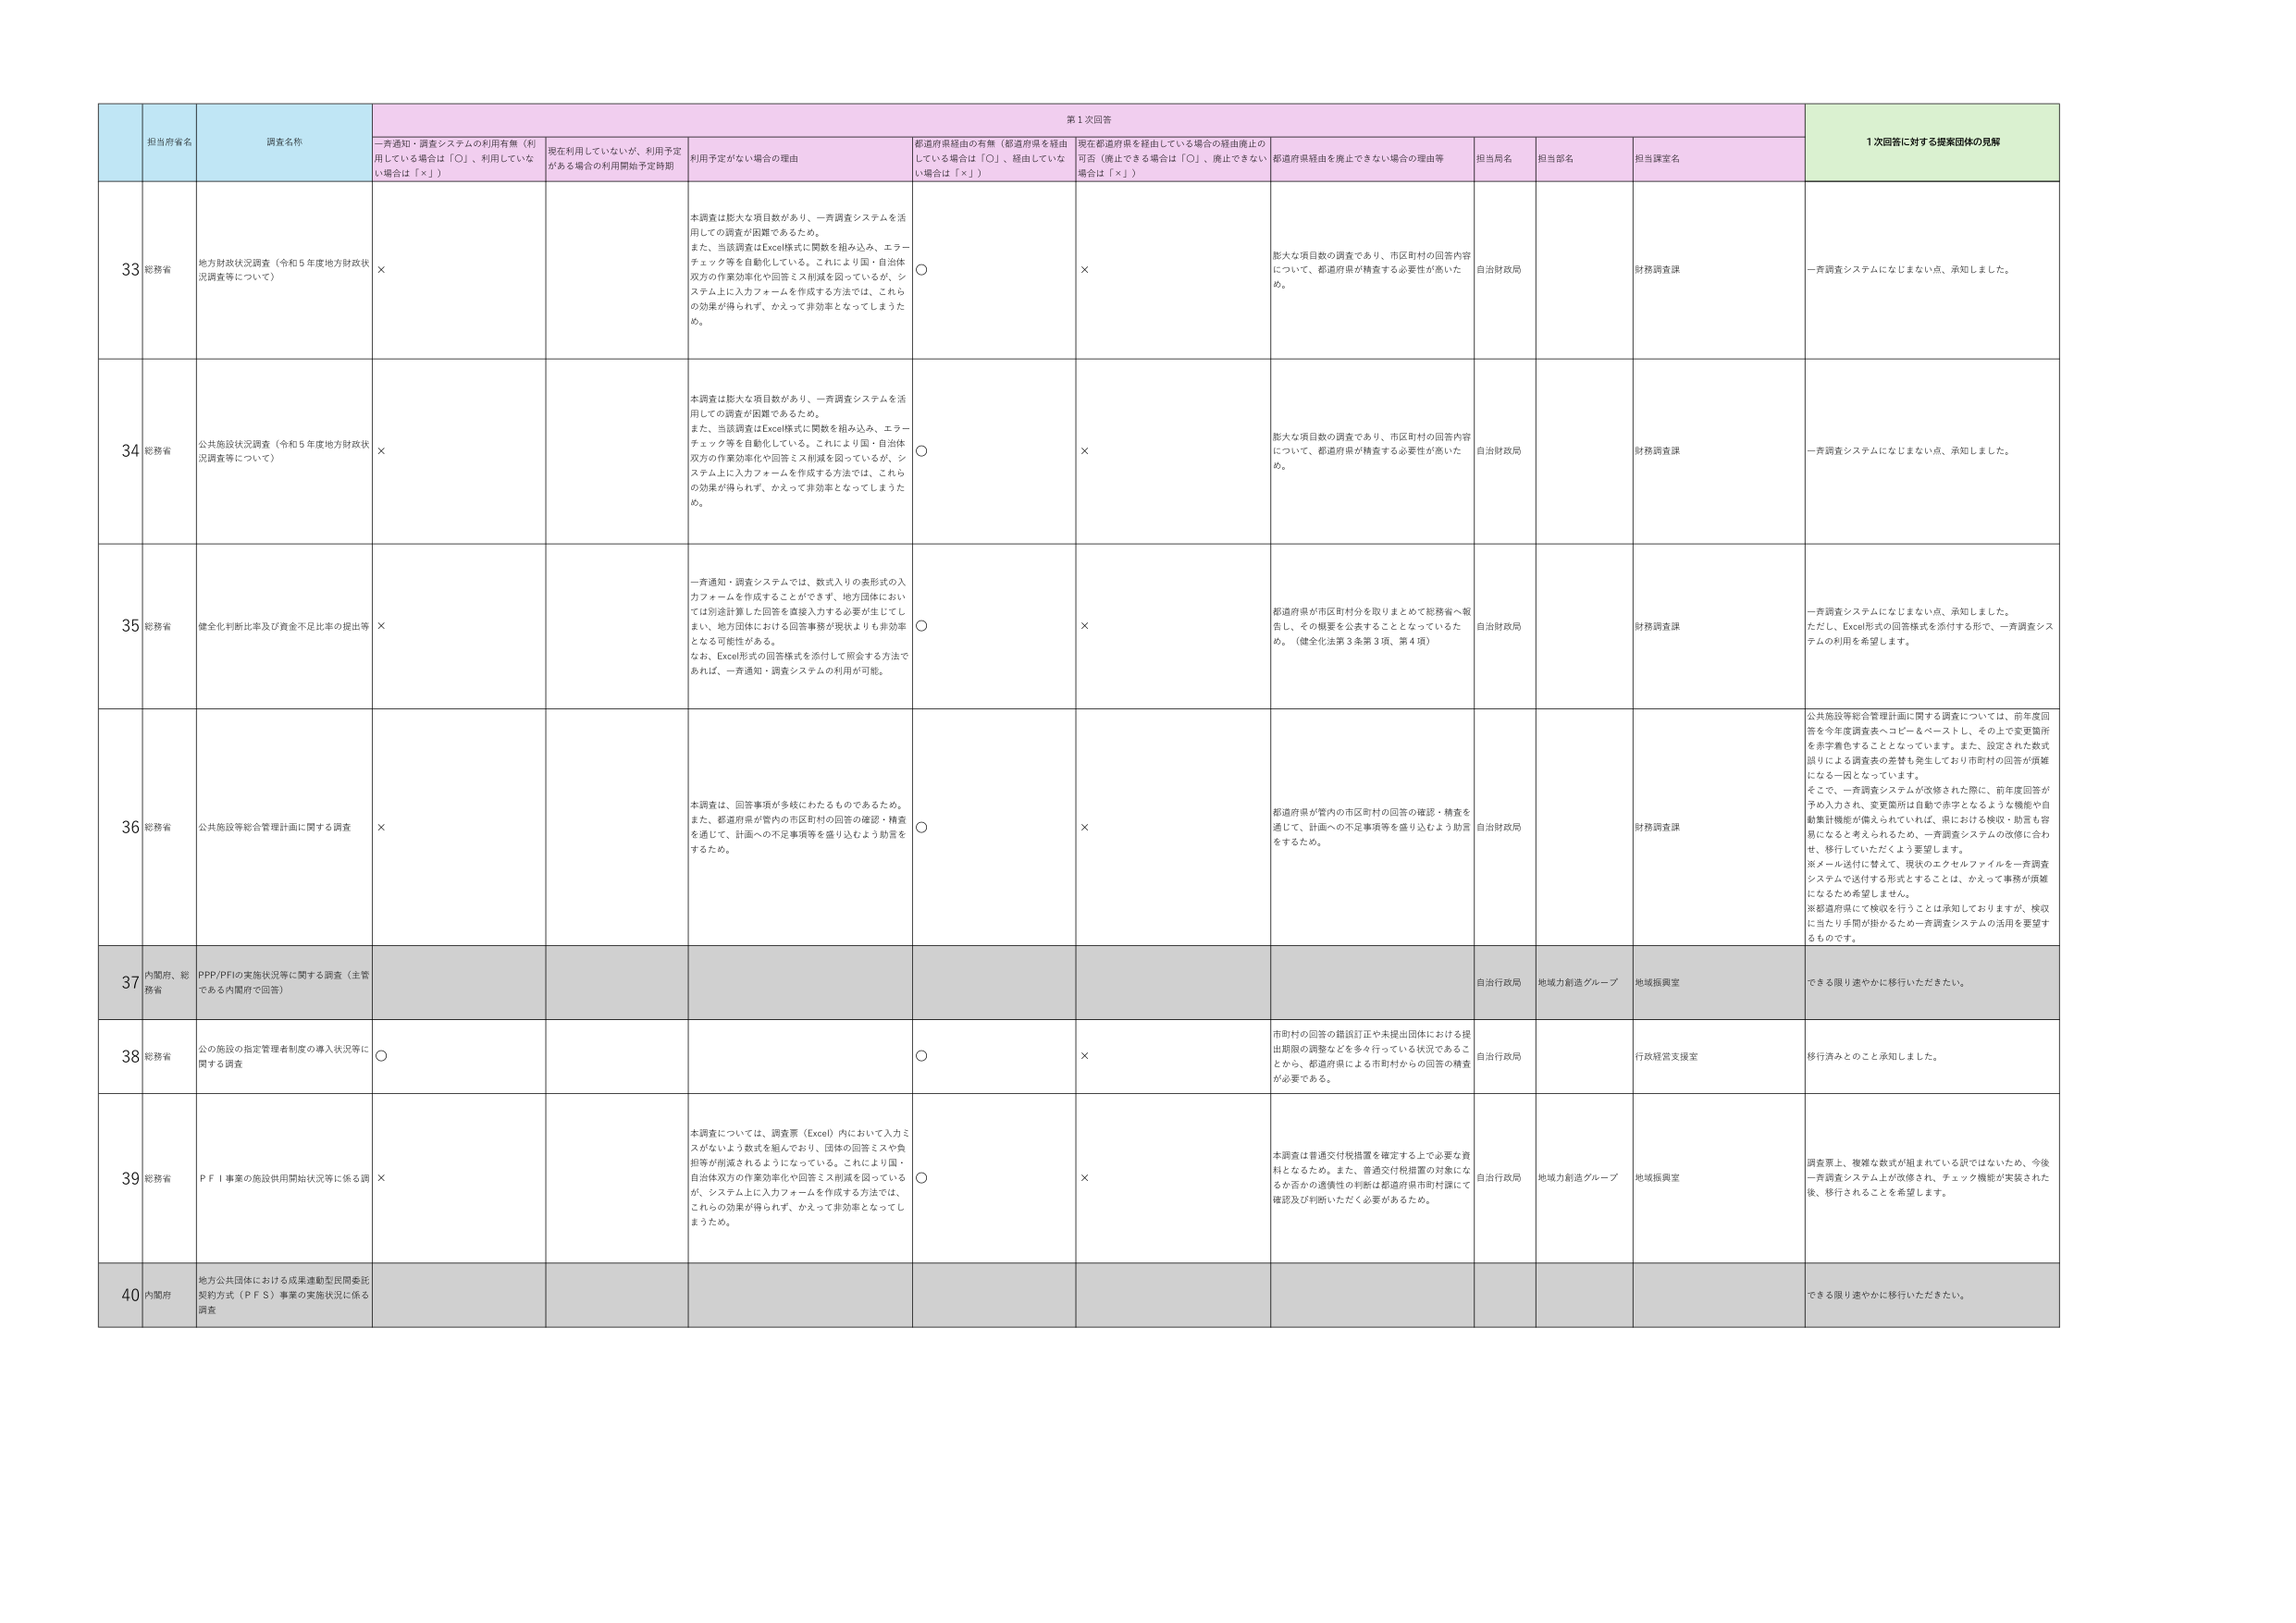
第1次回答
1次回答に対する提案団体の見解

担当府省名
調査名称
一斉通知・調査システムの利用有無（利用している場合は「○」、利用していない場合は「×」）
現在利用していないが、利用予定がある場合の利用開始予定時期
利用予定がない場合の理由
都道府県経由の有無（都道府県を経由している場合は「○」、経由していない場合は「×」）
現在都道府県を経由している場合の経由廃止の可否（廃止できる場合は「○」、廃止できない場合は「×」）
都道府県経由を廃止できない場合の理由等
担当局名
担当部名
担当課室名

33
総務省
地方財政状況調査（令和5年度地方財政状況調査等について）
×
本調査は膨大な項目数があり、一斉調査システムを活用しての調査が困難であるため。
また、当該調査はExcel様式に関数を組み込み、エラーチェック等を自動化している。これにより国・自治体双方の作業効率化や回答ミス削減を図っているが、システム上に入力フォームを作成する方法では、これらの効果が得られず、かえって非効率となってしまうため。
○
×
膨大な項目数の調査であり、市区町村の回答内容について、都道府県が精査する必要性が高いため。
自治財政局
財務調査課
一斉調査システムになじまない点、承知しました。

34
総務省
公共施設状況調査（令和5年度地方財政状況調査等について）
×
本調査は膨大な項目数があり、一斉調査システムを活用しての調査が困難であるため。
また、当該調査はExcel様式に関数を組み込み、エラーチェック等を自動化している。これにより国・自治体双方の作業効率化や回答ミス削減を図っているが、システム上に入力フォームを作成する方法では、これらの効果が得られず、かえって非効率となってしまうため。
○
×
膨大な項目数の調査であり、市区町村の回答内容について、都道府県が精査する必要性が高いため。
自治財政局
財務調査課
一斉調査システムになじまない点、承知しました。

35
総務省
健全化判断比率及び資金不足比率の提出等
×
一斉通知・調査システムでは、数式入りの表形式の入力フォームを作成することができず、地方団体においては別途計算した回答を直接入力する必要が生じてしまい、地方団体における回答事務が現状よりも非効率となる可能性がある。
なお、Excel形式の回答様式を添付して照会する方法であれば、一斉通知・調査システムの利用が可能。
○
×
都道府県が市区町村分を取りまとめて総務省へ報告し、その概要を公表することとなっているため。（健全化法第3条第3項、第4項）
自治財政局
財務調査課
一斉調査システムになじまない点、承知しました。
ただし、Excel形式の回答様式を添付する形で、一斉調査システムの利用を希望します。

36
総務省
公共施設等総合管理計画に関する調査
×
本調査は、回答事項が多岐にわたるものであるため。
また、都道府県が管内の市区町村の回答の確認・精査を通じて、計画への不足事項等を盛り込むよう助言をするため。
○
×
都道府県が管内の市区町村の回答の確認・精査を通じて、計画への不足事項等を盛り込むよう助言をするため。
自治財政局
財務調査課
公共施設等総合管理計画に関する調査については、前年度回答を今年度調査表へコピー＆ペーストし、その上で変更箇所を赤字着色することとなっています。また、設定された数式誤りによる調査表の差替えが発生しており市町村の回答が困難になる一因となっています。
そこで、一斉調査システムが改修された際に、前年度回答が予め入力され、変更箇所は自動で赤字となるような機能や自動集計機能が備えられていれば、県における検収・助言も容易になると考えられるため、一斉調査システムの改修に合わせ、移行していただくよう要望します。
※メール送付に替えて、現状のエクセルファイルを一斉調査システムで送付する形式とすることは、かえって事務が煩雑になるため希望しません。
※都道府県にて検収を行うことは承知しておりますが、検収に当たり手間が掛かるため一斉調査システムの活用を要望するものです。

37
内閣府、総務省
PPP/PFIの実施状況等に関する調査（主管である内閣府で回答）
自治行政局
地域力創造グループ
地域振興室
できる限り速やかに移行いただきたい。

38
総務省
公の施設の指定管理者制度の導入状況等に関する調査
○
○
×
市町村の回答の錯誤訂正や未提出団体における提出期限の調整などを多く行っている状況であることから、都道府県による市町村からの回答の精査が必要である。
自治行政局
行政経営支援室
移行済みとのことと承知しました。

39
総務省
PFI事業の施設供用開始状況等に係る調査
×
本調査については、調査票（Excel）内において入力ミスがないよう数式を組んでおり、団体の回答ミスや負担等が削減されるようになっている。これにより国・自治体双方の作業効率化や回答ミス削減を図っているが、システム上に入力フォームを作成する方法では、これらの効果が得られず、かえって非効率となってしまうため。
○
×
本調査は普通交付税措置を確定する上で必要な資料となるため。また、普通交付税措置の対象になるか否かの適格性の判断は都道府県市町村にて確認及び判断いただく必要があるため。
自治行政局
地域力創造グループ
地域振興室
調査票上、複雑な数式が組まれている訳ではないため、今後一斉調査システム上が改修され、チェック機能が実装された後、移行されることを希望します。

40
内閣府
地方公共団体における成果連動型民間委託契約方式（PFS）事業の実施状況に係る調査
できる限り速やかに移行いただきたい。